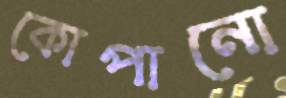
কোপানো